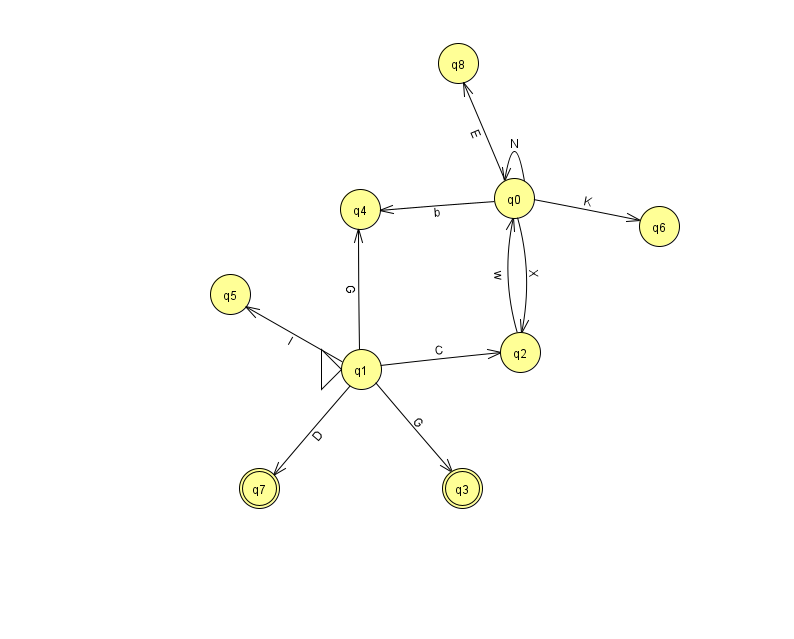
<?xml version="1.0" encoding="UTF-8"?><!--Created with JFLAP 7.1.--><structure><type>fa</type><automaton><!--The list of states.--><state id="0" name="q0"><x>514.0</x><y>185.0</y></state><state id="1" name="q1"><x>361.0</x><y>356.0</y><initial/></state><state id="2" name="q2"><x>520.0</x><y>339.0</y></state><state id="3" name="q3"><x>462.0</x><y>475.0</y><final/></state><state id="4" name="q4"><x>360.0</x><y>196.0</y></state><state id="5" name="q5"><x>230.0</x><y>281.0</y></state><state id="6" name="q6"><x>659.0</x><y>213.0</y></state><state id="7" name="q7"><x>259.0</x><y>475.0</y><final/></state><state id="8" name="q8"><x>458.0</x><y>50.0</y></state><!--The list of transitions.--><transition><from>0</from><to>2</to><read>X</read></transition><transition><from>0</from><to>8</to><read>E</read></transition><transition><from>1</from><to>3</to><read>G</read></transition><transition><from>0</from><to>6</to><read>K</read></transition><transition><from>1</from><to>2</to><read>C</read></transition><transition><from>0</from><to>4</to><read>b</read></transition><transition><from>1</from><to>7</to><read>D</read></transition><transition><from>1</from><to>5</to><read>I</read></transition><transition><from>2</from><to>0</to><read>w</read></transition><transition><from>0</from><to>0</to><read>N</read></transition><transition><from>1</from><to>4</to><read>G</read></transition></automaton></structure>